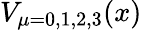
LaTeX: V_{\mu=0,1,2,3}(x)